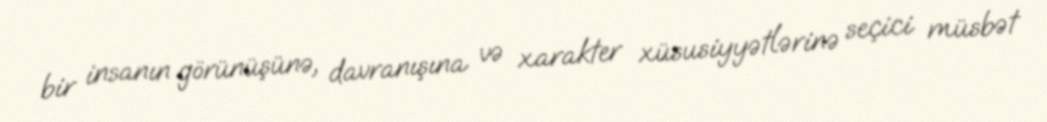
bir insanın görünüşünə, davranışına və xarakter xüsusiyyətlərinə seçici müsbət